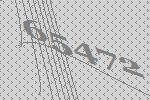
65472